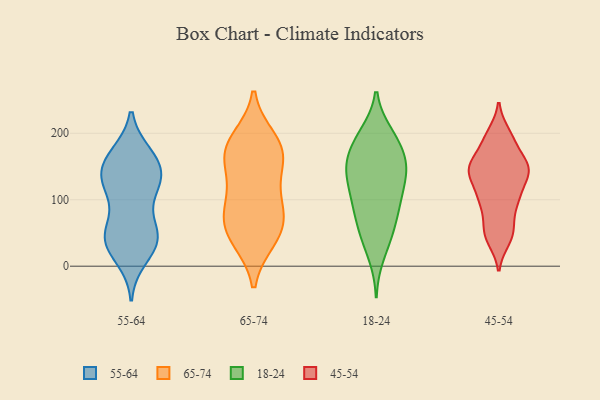
{"axis": {"x": "Operating Costs (USD K)", "y": "Value"}, "legend": ["18-24", "45-54", "55-64", "65-74"], "data": [{"x": "", "y": 13, "type": "55-64"}, {"x": "", "y": 166, "type": "55-64"}, {"x": "", "y": 65, "type": "55-64"}, {"x": "", "y": 40, "type": "55-64"}, {"x": "", "y": 130, "type": "55-64"}, {"x": "", "y": 35, "type": "55-64"}, {"x": "", "y": 118, "type": "55-64"}, {"x": "", "y": 46, "type": "55-64"}, {"x": "", "y": 126, "type": "55-64"}, {"x": "", "y": 118, "type": "55-64"}, {"x": "", "y": 148, "type": "55-64"}, {"x": "", "y": 30, "type": "55-64"}, {"x": "", "y": 49, "type": "55-64"}, {"x": "", "y": 121, "type": "55-64"}, {"x": "", "y": 167, "type": "55-64"}, {"x": "", "y": 46, "type": "55-64"}, {"x": "", "y": 159, "type": "55-64"}, {"x": "", "y": 155, "type": "55-64"}, {"x": "", "y": 41, "type": "65-74"}, {"x": "", "y": 176, "type": "65-74"}, {"x": "", "y": 84, "type": "65-74"}, {"x": "", "y": 54, "type": "65-74"}, {"x": "", "y": 74, "type": "65-74"}, {"x": "", "y": 177, "type": "65-74"}, {"x": "", "y": 156, "type": "65-74"}, {"x": "", "y": 124, "type": "65-74"}, {"x": "", "y": 169, "type": "65-74"}, {"x": "", "y": 45, "type": "65-74"}, {"x": "", "y": 190, "type": "65-74"}, {"x": "", "y": 95, "type": "65-74"}, {"x": "", "y": 192, "type": "18-24"}, {"x": "", "y": 55, "type": "18-24"}, {"x": "", "y": 53, "type": "18-24"}, {"x": "", "y": 99, "type": "18-24"}, {"x": "", "y": 133, "type": "18-24"}, {"x": "", "y": 44, "type": "18-24"}, {"x": "", "y": 185, "type": "18-24"}, {"x": "", "y": 16, "type": "18-24"}, {"x": "", "y": 92, "type": "18-24"}, {"x": "", "y": 153, "type": "18-24"}, {"x": "", "y": 104, "type": "18-24"}, {"x": "", "y": 79, "type": "18-24"}, {"x": "", "y": 140, "type": "18-24"}, {"x": "", "y": 197, "type": "18-24"}, {"x": "", "y": 157, "type": "18-24"}, {"x": "", "y": 159, "type": "18-24"}, {"x": "", "y": 107, "type": "18-24"}, {"x": "", "y": 145, "type": "18-24"}, {"x": "", "y": 148, "type": "18-24"}, {"x": "", "y": 199, "type": "18-24"}, {"x": "", "y": 145, "type": "45-54"}, {"x": "", "y": 147, "type": "45-54"}, {"x": "", "y": 136, "type": "45-54"}, {"x": "", "y": 99, "type": "45-54"}, {"x": "", "y": 200, "type": "45-54"}, {"x": "", "y": 148, "type": "45-54"}, {"x": "", "y": 64, "type": "45-54"}, {"x": "", "y": 102, "type": "45-54"}, {"x": "", "y": 189, "type": "45-54"}, {"x": "", "y": 104, "type": "45-54"}, {"x": "", "y": 170, "type": "45-54"}, {"x": "", "y": 39, "type": "45-54"}, {"x": "", "y": 50, "type": "45-54"}, {"x": "", "y": 143, "type": "45-54"}]}